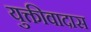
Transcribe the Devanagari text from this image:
युक्तीवादास